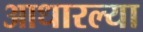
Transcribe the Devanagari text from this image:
आधारल्या